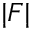
| F |